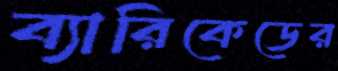
ব্যারিকেডের